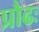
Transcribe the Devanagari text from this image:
प्रौढः